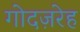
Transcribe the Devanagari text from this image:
गोदज़रेह